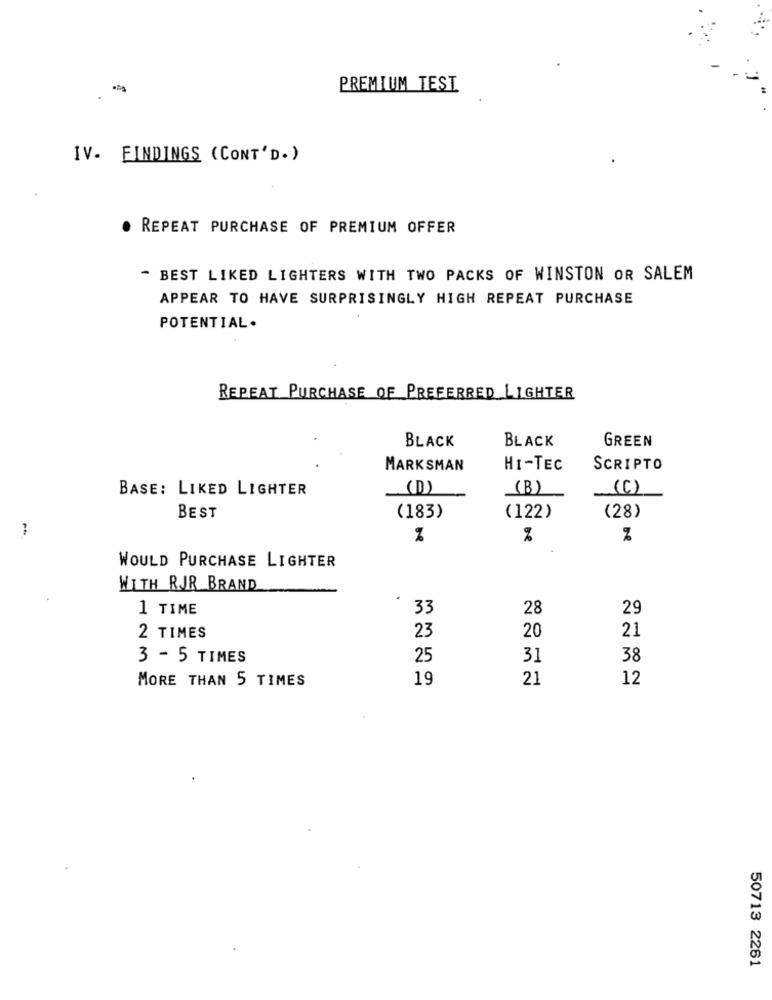
PREMIUM TEST
IV. FINDINGS (CONT'D. )
REPEAT PURCHASE OF PREMIUM OFFER
- BEST LIKED LIGHTERS WITH TWO PACKS OF WINSTON OR SALEM
APPEAR TO HAVE SURPRISINGLY HIGH REPEAT PURCHASE
POTENTIAL.
REPEAT PURCHASE OF PREFERRED LIGHTER
BLACK
GREEN
BLACK
MARKSMAN
HI-TEC
SCRIPTO
BASE: LIKED LIGHTER
(D)
(B)
(C)
(183)
BEST
(122)
(28)
1
%
%
%
WOULD PURCHASE LIGHTER
WITH RJR BRAND
1 TIME
33
28
29
2 TIMES
23
20
21
3 - 5 TIMES
25
31
38
MORE THAN 5 TIMES
19
21
12
50713 2261